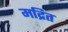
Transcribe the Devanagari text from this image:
मद्रित